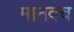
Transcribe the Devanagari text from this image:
मानवच